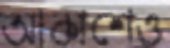
আকাশেও